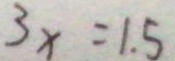
3 x = 1 . 5